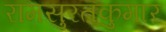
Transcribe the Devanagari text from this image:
रामसुरतकुमार